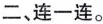
二、连一连。